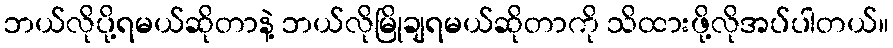
ဘယ်လိုပို့ရမယ်ဆိုတာနဲ့ ဘယ်လိုမြိုချရမယ်ဆိုတာကို သိထားဖို့လိုအပ်ပါတယ်။